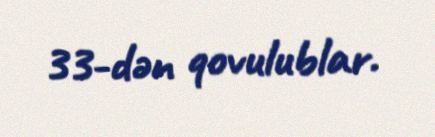
33-dən qovulublar.